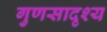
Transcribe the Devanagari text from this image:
गुणसादृश्य